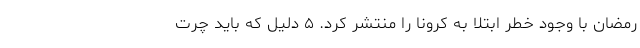
رمضان با وجود خطر ابتلا به کرونا را منتشر کرد. ۵ دلیل که باید چرت